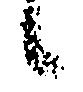
候